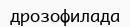
дрозофилада